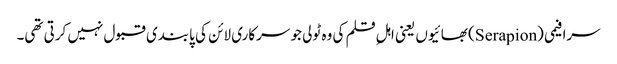
سرافیمی (Serapion) بھائیوں یعنی اہلِ قلم کی وہ ٹولی جو سرکاری لائن کی پابندی قبول نہیں کرتی تھی۔